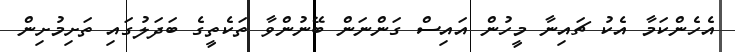
އެހެންކަމާ އެކު ޗައިނާ މީހުން އައިސް ގަންނަން ބޭނުންވާ ތަކެތީގެ ބަދަލުގައި ތަށިމުށިން